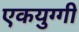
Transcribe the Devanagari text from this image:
एकयुग्गी